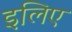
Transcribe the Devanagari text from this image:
इलिए